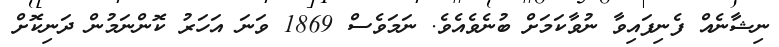
ނިޝާނެއް ފެނިފައިވާ ނުވާކަމަށް ބުނެވެއެވެ. ނަމަވެސް 1869 ވަނަ އަހަރު ކޮންނަމުން ދަނިކޮށް